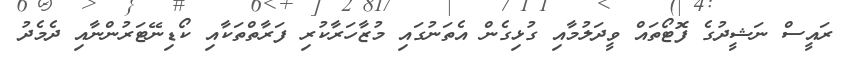
ރައީސް ނަޝީދުގެ ފޮޓޯތައް ވީދަލުމާއި ގުޅިގެން އެތަނުގައި މުޒާހަރާކުރި ފަރާތްތަކާއި ކޯޑިނޭޓަރުންނާއި ދެމެދު